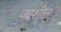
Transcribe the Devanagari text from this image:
जाशील